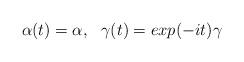
LaTeX: \begin{align*}\alpha(t) = \alpha ,~~ \gamma(t) = exp(-it)\gamma \end{align*}